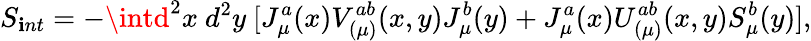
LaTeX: S_{\mathbf{i}nt}=-\intd^{2}x~d^{2}y~[J_{\mu}^{a}(x)V_{(\mu)}^{ab}(x,y)J_{\mu}^{b}(y)+J_{\mu}^{a}(x)U_{(\mu)}^{ab}(x,y)S_{\mu}^{b}(y)],